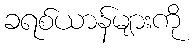
ခရစ်ယာန်များကို